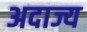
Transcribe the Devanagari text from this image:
अदाज्य